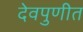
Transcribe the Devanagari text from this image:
देवपुणीत